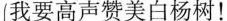
我要高声赞美白杨树！